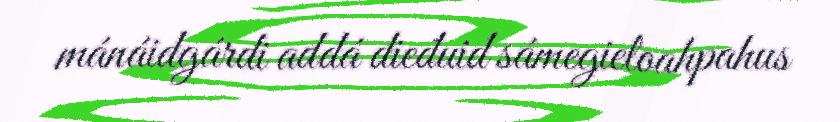
mánáidgárdi addá dieđuid sámegieloahpahus